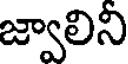
జ్వాలిని